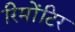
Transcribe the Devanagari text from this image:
रिमोंटिर